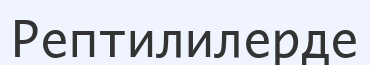
Рептилилерде